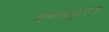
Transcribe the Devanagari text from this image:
ऍवोल्युशन